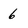
Character: 6